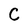
Character: C